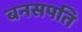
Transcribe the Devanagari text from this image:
बनसपति